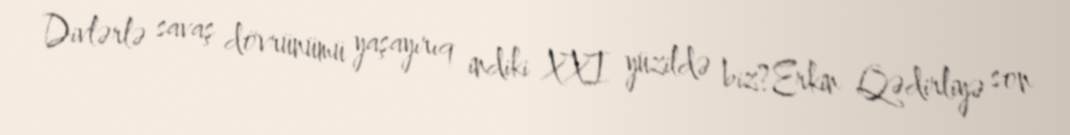
Divlərlə savaş dövrünümü yaşayırıq indiki XXI yüzildə biz?Erkin Qədirliyə son